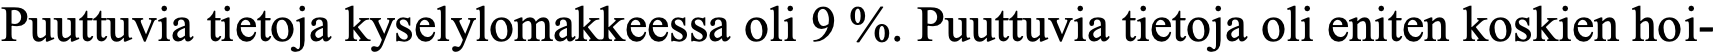
Puuttuvia tietoja kyselylomakkeessa oli 9 %. Puuttuvia tietoja oli eniten koskien hoi-